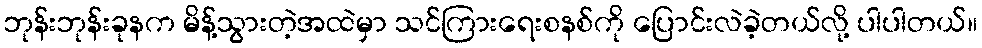
ဘုန်းဘုန်းခုနက မိန့်သွားတဲ့အထဲမှာ သင်ကြားရေးစနစ်ကို ပြောင်းလဲခဲ့တယ်လို့ ပါပါတယ်။